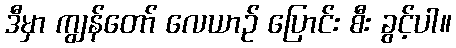
ဒီမှာ ကျွန်တော် လေယာဉ် ပြောင်း စီး ခွင့်ပါ။